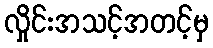
လှိုင်းအသင့်အတင့်မှ